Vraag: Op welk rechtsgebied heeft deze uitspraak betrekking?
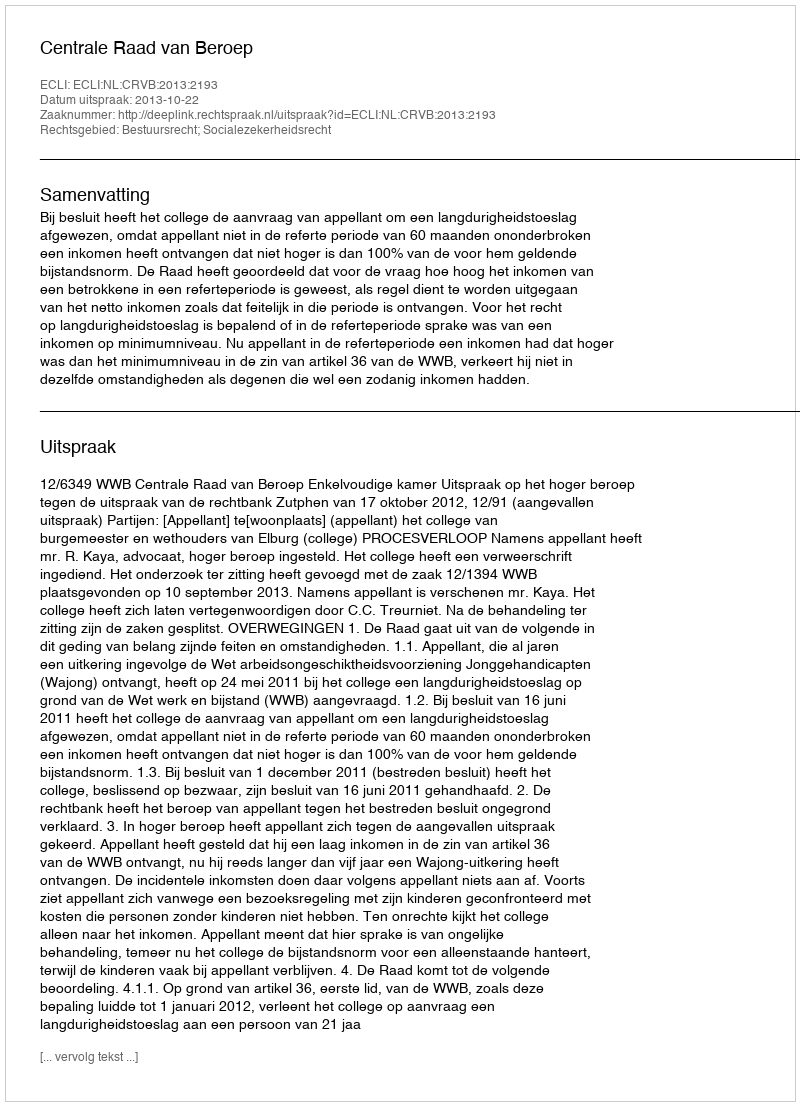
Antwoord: Bestuursrecht; Socialezekerheidsrecht